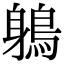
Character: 鵢